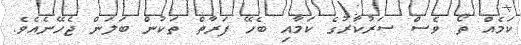
ކަމެއް ތޯ ވެސް ސަރުކާރުގެ ކަމާއި ބެހޭ ފަރާތް ތަކުން ބަލަން ޖެހޭނެއެވެ.